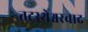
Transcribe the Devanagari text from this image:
तटस्थेश्वरवाद